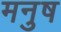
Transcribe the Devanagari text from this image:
मनुष